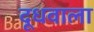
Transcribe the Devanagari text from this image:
दूधवाला